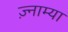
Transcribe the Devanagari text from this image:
ज़्नाम्या